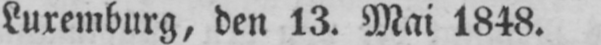
Luxemburg, den 13. Mai 1848.